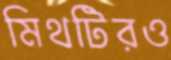
মিথটিরও